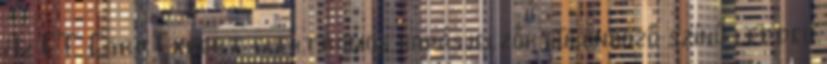
Az ET Carp Expert elektromos kapásjelzők különböző színű leddel